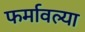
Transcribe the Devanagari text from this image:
फर्मावल्या